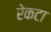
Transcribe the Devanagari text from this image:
रेकटा